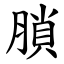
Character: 䐝